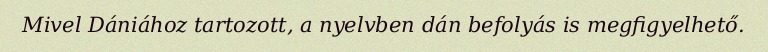
Mivel Dániához tartozott, a nyelvben dán befolyás is megfigyelhető.